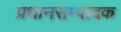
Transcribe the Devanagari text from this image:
प्रधानसम्पादक